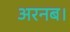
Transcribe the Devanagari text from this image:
अरनब।